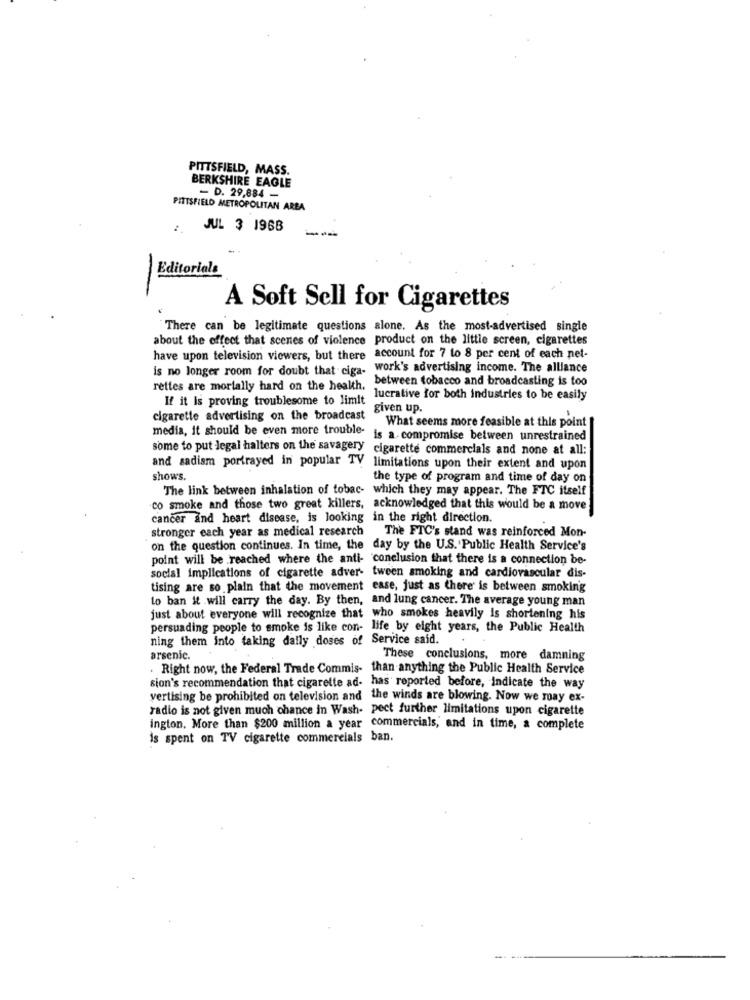
PITTSFIELD, MASS.
BERKSHIRE EAGLE
- D. 29,884 -
PITTSFIELD METROPOLITAN AREA
JUL 3 1968
Editorials
A Soft Sell for Cigarettes
There can be legitimate questions alone. As the most-advertised single
about the effect that scenes of violence product on the little screen, cigarettes
have upon television viewers, but there account for 7 to 8 per cent of each net-
is no longer room for doubt that ciga-
. work's advertising income. The alliance
between tobacco and broadcasting is too
rettes are mortally hard on the health.
If it is proving troublesome to limit
lucrative for both industries to be easily
given up.
cigarette advertising on the broadcast
media, it should be even more trouble-
What seems more feasible at this point
is a. compromise between unrestrained
some to put legal halters on the savagery cigarette commercials and none at all:
and sadism portrayed in popular TV limitations upon their extent and upon
shows.
the type of program and time of day on
The link between inhalation of tobac- which they may appear. The FTC itself
co smoke and those two great killers, acknowledged that this would be a move
cancer and heart disease, is looking in the right direction.
stronger each year as medical research The FTC's stand was reinforced Mon-
on the question continues. In time, the day by the U.S.'Public Health Service's
point will be reached where the anti- conclusion that there is a connection be-
social implications of cigarette adver- tween smoking and cardiovascular dis-
tising are so plain that the movement ease, just as there is between smoking
to ban it will carry the day. By then, and lung cancer. The average young man
just about everyone will recognize that who smokes heavily is shortening his
persuading people to smoke is like con- life by eight years, the Public Health
ning them into taking daily doses of Service said.
arsenic.
These conclusions, more damning
. Right now, the Federal Trade Commis- than anything the Public Health Service
sion's recommendation that cigarette ad- has reported before, Indicate the way
vertising be prohibited on television and the winds are blowing. Now we may ex-
radio is not given much chance in Wash- pect further limitations upon cigarette
ington, More than $200 million a year commercials, and in time, a complete
is spent on TV cigarette commercials ban.